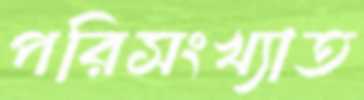
পরিসংখ্যাত